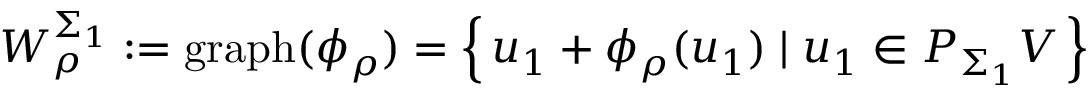
W _ { \rho } ^ { \Sigma _ { 1 } } : = \mathrm { g r a p h } ( \phi _ { \rho } ) = \left\{ \, u _ { 1 } + \phi _ { \rho } ( u _ { 1 } ) \; \vert \; u _ { 1 } \in P _ { \Sigma _ { 1 } } V \, \right\}